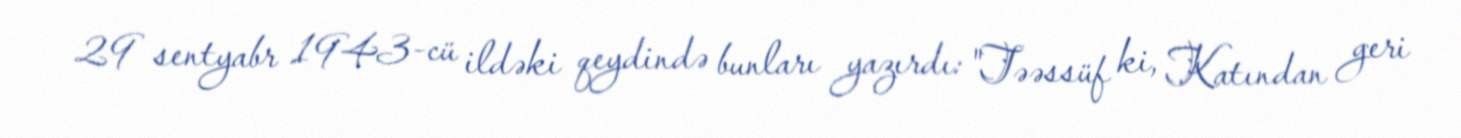
29 sentyabr 1943-cü ildəki qeydində bunları yazırdı: "Təəssüf ki, Katından geri